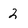
Character: 2